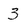
Character: 3